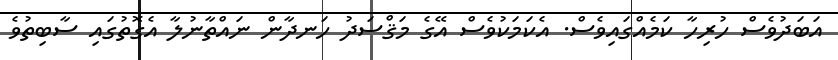
އަބަދުވެސް ހުރިހާ ކަމެއްގައިވެސް. އެކަމަކުވެސް އޭގެ މަޤްސަދު ހަނދާން ނައްތާނުލާ އެގޮތުގައި ސާބިތުވެ